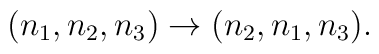
(n_1,n_2,n_3) \rightarrow (n_2,n_1,n_3).